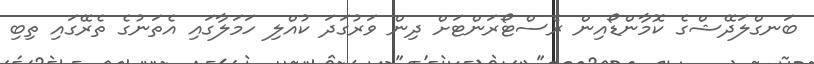
ބަނގްލަދޭޝްގެ ކޮމާންޑޯއިން ރެސްޓޯރަންޓަށް ދިން ވަރުގަދަ ކުއްލި ހަމަލާގައި އެތަނުގެ ތެރޭގައި ތިބި